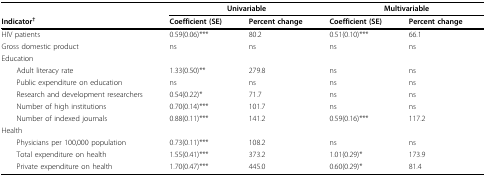
<table><thead><tr><td></td><td colspan="2"><b>Univariable</b></td><td colspan="2"><b>Multivariable</b></td></tr><tr><td><b>Indicator<sup>†</sup></b></td><td><b>Coefficient (SE)</b></td><td><b>Percent change</b></td><td><b>Coefficient (SE)</b></td><td><b>Percent change</b></td></tr></thead><tbody><tr><td>HIV patients</td><td>0.59(0.06)***</td><td>80.2</td><td>0.51(0.10)***</td><td>66.1</td></tr><tr><td>Gross domestic product</td><td>ns</td><td>ns</td><td>ns</td><td>ns</td></tr><tr><td>Education</td><td></td><td></td><td></td><td></td></tr><tr><td> Adult literacy rate</td><td>1.33(0.50)**</td><td>279.8</td><td>ns</td><td>ns</td></tr><tr><td> Public expenditure on education</td><td>ns</td><td>ns</td><td>ns</td><td>ns</td></tr><tr><td> Research and development researchers</td><td>0.54(0.22)*</td><td>71.7</td><td>ns</td><td>ns</td></tr><tr><td> Number of high institutions</td><td>0.70(0.14)***</td><td>101.7</td><td>ns</td><td>ns</td></tr><tr><td> Number of indexed journals</td><td>0.88(0.11)***</td><td>141.2</td><td>0.59(0.16)***</td><td>117.2</td></tr><tr><td>Health</td><td></td><td></td><td></td><td></td></tr><tr><td> Physicians per 100,000 population</td><td>0.73(0.11)***</td><td>108.2</td><td>ns</td><td>ns</td></tr><tr><td> Total expenditure on health</td><td>1.55(0.41)***</td><td>373.2</td><td>1.01(0.29)*</td><td>173.9</td></tr><tr><td> Private expenditure on health</td><td>1.70(0.47)***</td><td>445.0</td><td>0.60(0.29)*</td><td>81.4</td></tr></tbody></table>